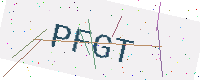
Text: PFGT